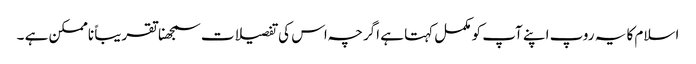
اسلام کا یہ روپ اپنے آپ کو مکمل کہتا ہے اگرچہ اس کی تفصیلات سمجھنا تقریباً ناممکن ہے ۔